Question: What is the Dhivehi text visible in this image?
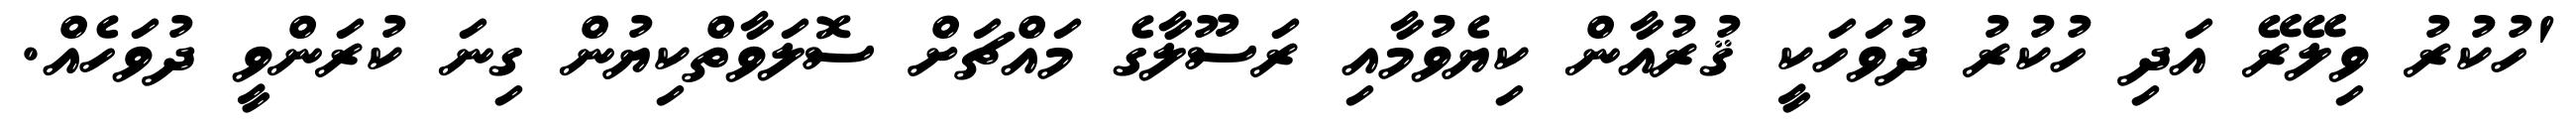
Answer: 'ހުކުރު ވިލޭރޭ އަދި ހުކުރު ދުވަހަކީ ޤުރުއާން ކިޔެވުމާއި ރަސޫލާގެ މައްޗަށް ސޮލަވާތްކިޔުން ގިނަ ކުރަންވީ ދުވަހެއް.